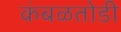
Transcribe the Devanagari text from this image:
कंबळतोडी